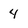
Character: 4